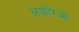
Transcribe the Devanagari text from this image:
अयोरिओ